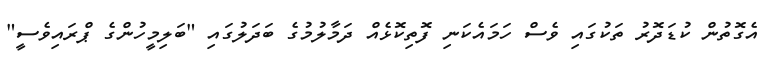
އެގޮތުން ކުޑަދޮރު ތަކުގައި ވެސް ހަމައެކަނި ފޮތިކޮޅެއް ދަމާލުމުގެ ބަދަލުގައި "ބަލިމީހުންގެ ޕްރައިވެސީ"